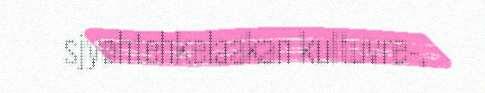
sjyøhtehkelaakan kultuvre-,